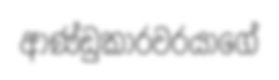
ආණ්ඩුකාරවරයාගේ